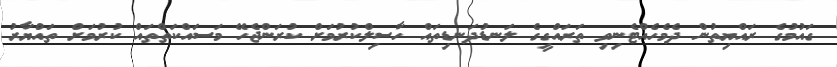
ގައުމުގެ ރައްޔިތުން ދެމެހެއްޓެނިވި ތަރައްގީގެ ލަނޑުދަނޑިތައް ހާސިލްކުރުމަށް ކުރަންޖެހޭ މަސައްކަތްތައް ކުރުމަށް ތައްޔާރު